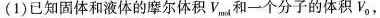
(1)已知固体和液体的摩尔体积V_{mol}，和一个分子的体积V_{0}，